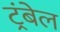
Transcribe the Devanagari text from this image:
ट्रंबेल